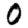
Digit: 0